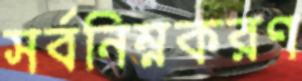
সর্বনিম্নকরণ